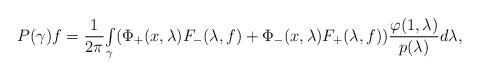
\begin{align*}P(\gamma)f=\frac{1}{2\pi}{\textstyle\int\limits_{\gamma}}(\Phi_{+}(x,\lambda)F_{-}(\lambda,f)+\Phi_{-}(x,\lambda)F_{+}(\lambda,f))\frac{\varphi(1,\lambda)}{p(\lambda)}d\lambda,\end{align*}